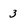
Character: 3